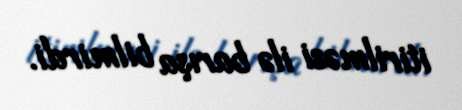
itirilməsi ilə barışa bilmirdi.